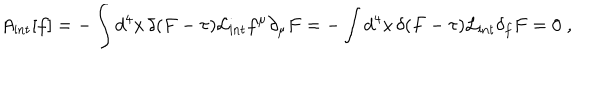
A _ { \mathrm { i n t } } [ f ] = - \int d ^ { 4 } x \, \delta ( F - \tau ) \mathcal { L } _ { \mathrm { i n t } } f ^ { \mu } \partial _ { \mu } F = - \int d ^ { 4 } x \, \delta ( F - \tau ) \mathcal { L } _ { \mathrm { i n t } } \delta _ { f } F = 0 \; ,